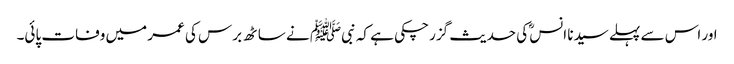
اور اس سے پہلے سیدنا انسؓ کی حدیث گزر چکی ہے کہ نبیﷺ نے ساٹھ برس کی عمر میں وفات پائی۔